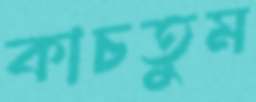
কাচতুম